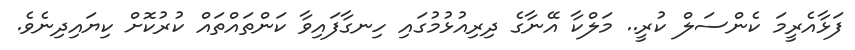
ފަޅާއެރީމަ ކެންސަލް ކުރީ.. މަލްކާ އޭނާގެ ދިރިއުޅުމުގައި ހިނގާފައިވާ ކަންތައްތައް ކުރުކޮށް ކިޔައިދިނެވެ.